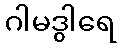
ဂါမဒွါရေ